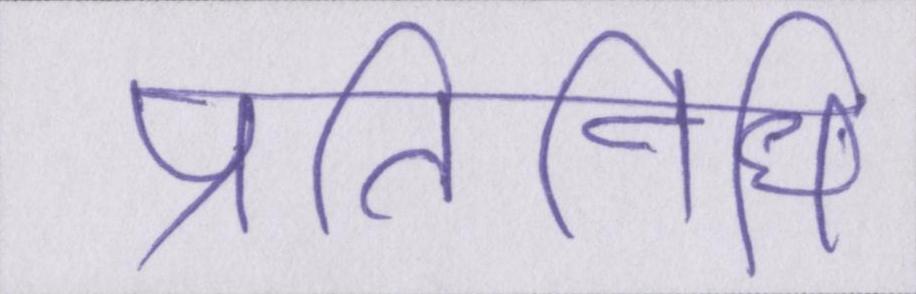
प्रतिनिधि